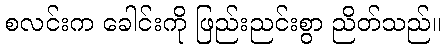
စလင်းက ခေါင်းကို ဖြည်းညင်းစွာ ညိတ်သည်။